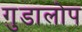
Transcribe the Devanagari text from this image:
गुडालोप